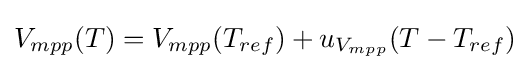
V_{mpp}(T)=V_{mpp}(T_{ref})+u_{V_{mpp}}(T-T_{ref})